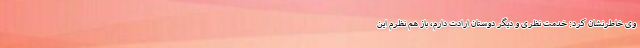
وی خاطرنشان کرد: خدمت نظری و دیگر دوستان ارادت دارم، باز هم نظرم این